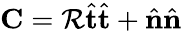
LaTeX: \mathbf{C}=\mathcal{R}\hat{\mathbf{t}}\hat{\mathbf{t}}+\hat{\mathbf{n}}\hat{\mathbf{n}}